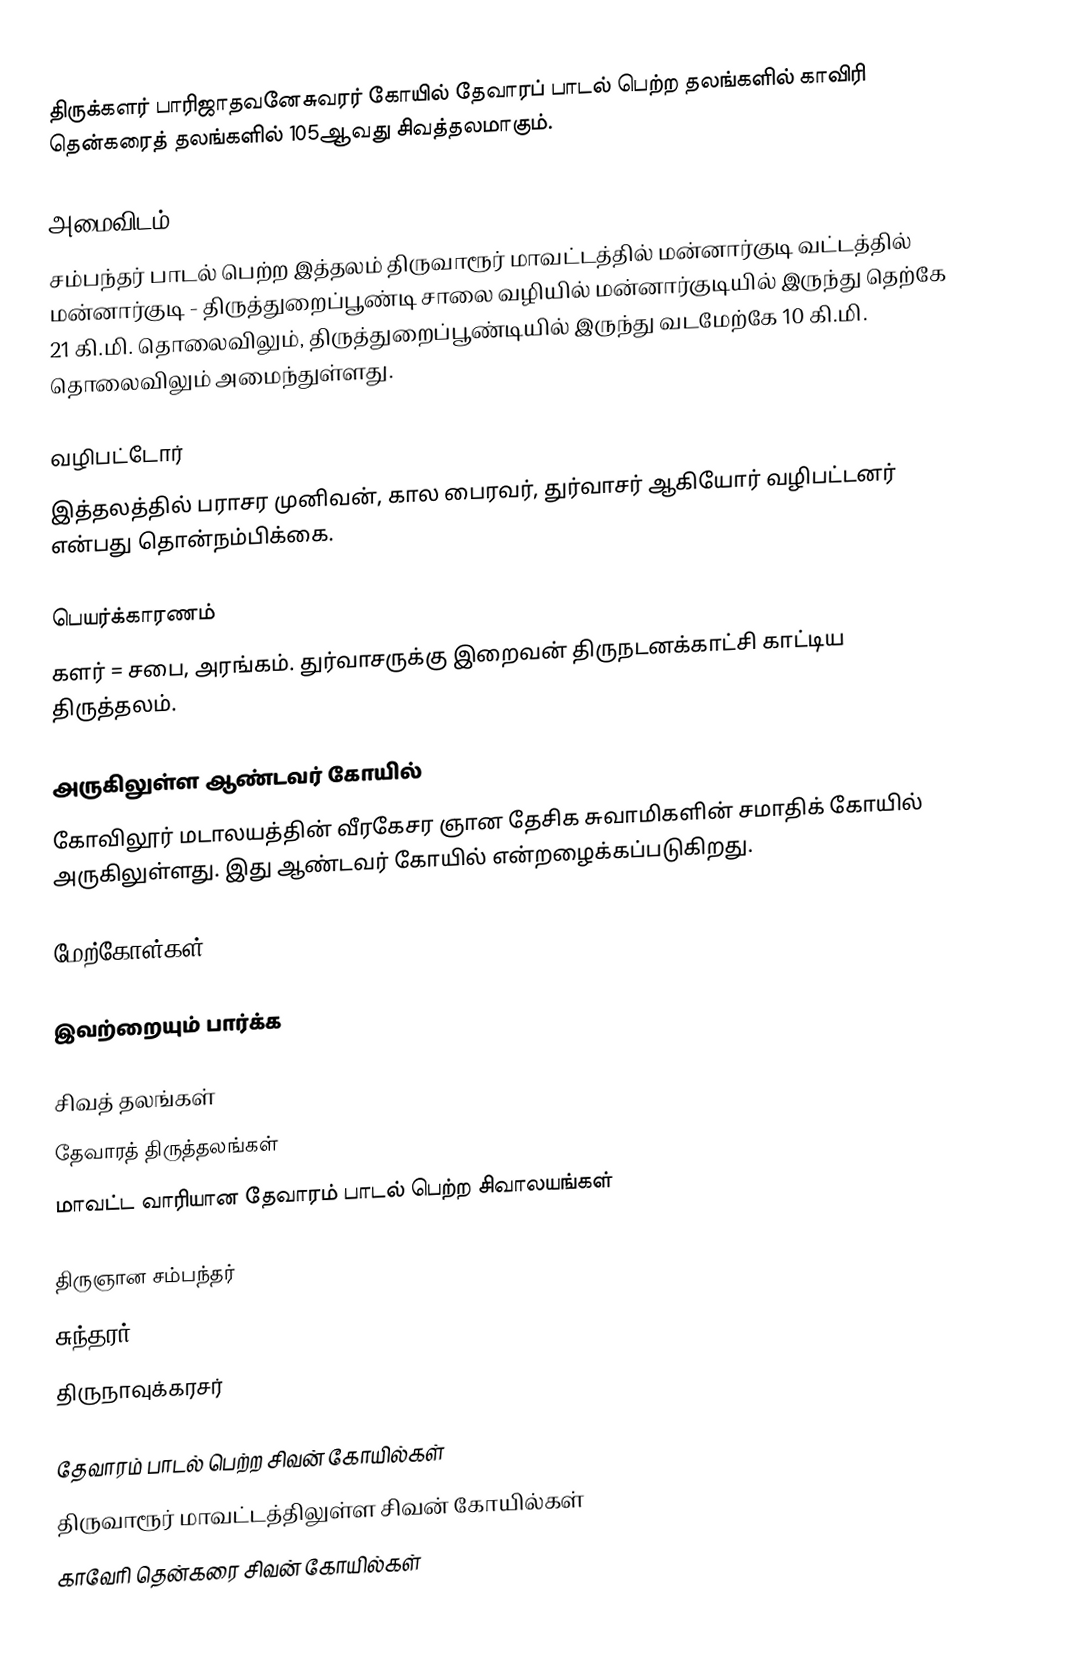
திருக்களர் பாரிஜாதவனேசுவரர் கோயில் தேவாரப் பாடல் பெற்ற தலங்களில் காவிரி தென்கரைத் தலங்களில் 105ஆவது சிவத்தலமாகும்.

அமைவிடம்
சம்பந்தர் பாடல் பெற்ற இத்தலம் திருவாரூர் மாவட்டத்தில்   மன்னார்குடி வட்டத்தில்  மன்னார்குடி - திருத்துறைப்பூண்டி சாலை வழியில் மன்னார்குடியில் இருந்து தெற்கே 21 கி.மி. தொலைவிலும், திருத்துறைப்பூண்டியில் இருந்து வடமேற்கே 10 கி.மி. தொலைவிலும்  அமைந்துள்ளது.

வழிபட்டோர்
இத்தலத்தில் பராசர முனிவன், கால பைரவர், துர்வாசர் ஆகியோர் வழிபட்டனர் என்பது தொன்நம்பிக்கை.

பெயர்க்காரணம்
களர் = சபை, அரங்கம். துர்வாசருக்கு இறைவன் திருநடனக்காட்சி காட்டிய திருத்தலம்.

அருகிலுள்ள ஆண்டவர் கோயில்
கோவிலூர் மடாலயத்தின் வீரகேசர ஞான தேசிக சுவாமிகளின் சமாதிக் கோயில் அருகிலுள்ளது. இது ஆண்டவர் கோயில் என்றழைக்கப்படுகிறது.

மேற்கோள்கள்

இவற்றையும் பார்க்க

 சிவத் தலங்கள்
 தேவாரத் திருத்தலங்கள்
 மாவட்ட வாரியான தேவாரம் பாடல் பெற்ற சிவாலயங்கள்

 திருஞான சம்பந்தர்
 சுந்தரர்
 திருநாவுக்கரசர்

தேவாரம் பாடல் பெற்ற சிவன் கோயில்கள்
திருவாரூர் மாவட்டத்திலுள்ள சிவன் கோயில்கள்
காவேரி தென்கரை சிவன் கோயில்கள்